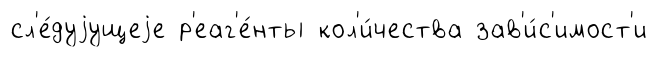
сл'е́дуjущеjе р'еаг'е́нты кол'и́чества зав'и́с'имост'и